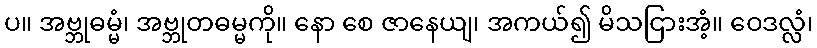
ပ။ အဗ္ဘုဓမ္မံ၊ အဗ္ဘုတဓမ္မကို။ နော စေ ဇာနေယျ၊ အကယ်၍ မိသငြားအံ့။ ဝေဒလ္လံ၊